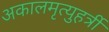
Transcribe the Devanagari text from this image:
अकालमृत्युहर्त्री